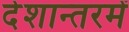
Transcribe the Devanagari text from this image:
देशान्तरमें